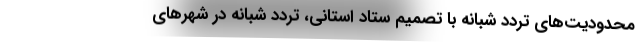
محدودیت‌های تردد شبانه با تصمیم ستاد استانی، تردد شبانه در شهرهای